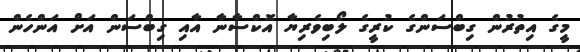
މީގެ އިތުރުން ގިބްސަންގެ ކުރީގެ ލޯބިވެރިޔާ އޮކްސާނާ އާއި ގިބްސަން އަށް އަންހެން